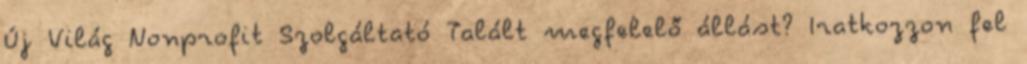
Új Világ Nonprofit Szolgáltató Talált megfelelő állást? Iratkozzon fel